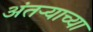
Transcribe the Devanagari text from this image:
अंतऱ्याच्या